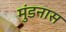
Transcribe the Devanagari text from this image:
मुंडनास